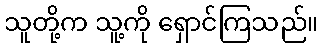
သူတို့က သူ့ကို ရှောင်ကြသည်။